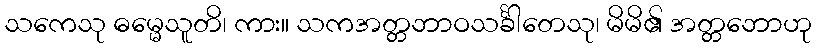
သကေသု ဓမ္မေသူတိ၊ ကား။ သကအတ္တဘာဝသင်္ခါတေသု၊ မိမိ၏ အတ္တဘောဟု